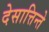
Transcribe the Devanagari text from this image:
देसात्तिन्ते